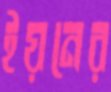
ইয়নের